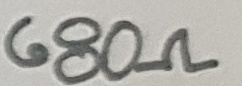
Text: 680Ω